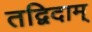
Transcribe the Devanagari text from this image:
तद्विदाम्